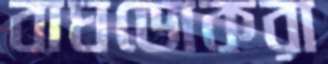
বাঘডোকরা